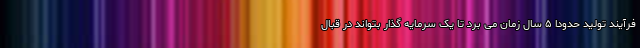
فرآیند تولید حدودا ۵ سال زمان می برد تا یک سرمایه گذار بتواند در قبال